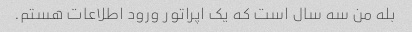
بله من سه سال است که یک اپراتور ورود اطلاعات هستم.